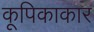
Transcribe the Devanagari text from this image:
कूपिकाकार